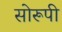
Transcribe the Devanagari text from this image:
सोरूपी